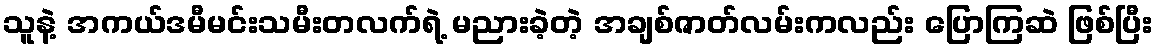
သူနဲ့ အကယ်ဒမီမင်းသမီးတလက်ရဲ့ မညားခဲ့တဲ့ အချစ်ဇာတ်လမ်းကလည်း ပြောကြဆဲ ဖြစ်ပြီး